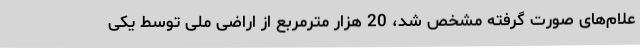
علام‌های صورت گرفته مشخص شد، 20 هزار مترمربع از اراضی ملی توسط یکی